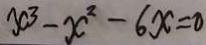
x ^ { 3 } - x ^ { 2 } - 6 x = 0